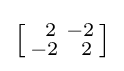
\left[{\begin{smallmatrix}\ \,2&-2\\-2&\ \,2\end{smallmatrix}}\right]